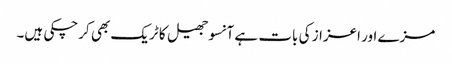
مزے اور اعزاز کی بات ہے آنسوجھیل کا ٹریک بھی کرچکی ہیں۔